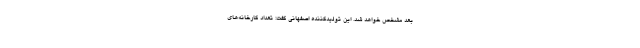
بعد مشخص خواهد شد. این تولیدکننده اصفهانی گفت: تعداد کارخانه‌های